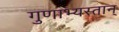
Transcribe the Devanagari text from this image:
गुणाभ्यस्तान्